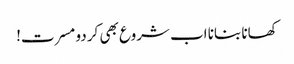
کھانا بنانا اب شروع بھی کر دو مسرت!